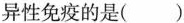
异性免疫的是（）